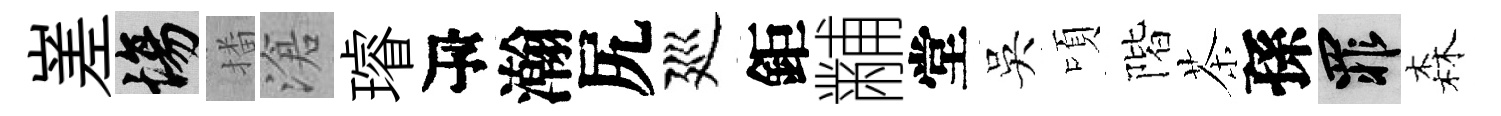
嵳場播滄璿瓴瀚尻廵鉅黼堂吳頃階茶孫罪森